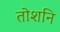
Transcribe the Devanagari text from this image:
तोशनि